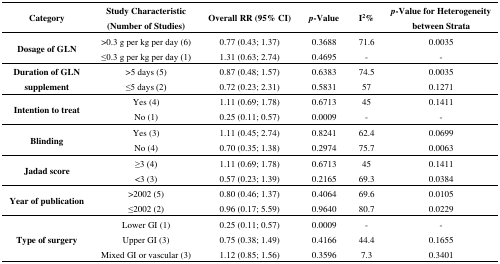
<table><thead><tr><td><b>Category</b></td><td><b>Study Characteristic (Number of Studies)</b></td><td><b>Overall RR (95% CI)</b></td><td><b><i>p</i>-Value</b></td><td><b>I<sup>2</sup>%</b></td><td><b><i>p</i>-Value for Heterogeneity between Strata</b></td></tr></thead><tbody><tr><td rowspan="2"><b>Dosage of GLN</b></td><td>&gt;0.3 g per kg per day (6)</td><td>0.77 (0.43; 1.37)</td><td>0.3688</td><td>71.6</td><td>0.0035</td></tr><tr><td>≤0.3 g per kg per day (1)</td><td>1.31 (0.63; 2.74)</td><td>0.4695</td><td>-</td><td>-</td></tr><tr><td rowspan="2"><b>Duration of GLN supplement</b></td><td>&gt;5 days (5)</td><td>0.87 (0.48; 1.57)</td><td>0.6383</td><td>74.5</td><td>0.0035</td></tr><tr><td>≤5 days (2)</td><td>0.72 (0.23; 2.31)</td><td>0.5831</td><td>57</td><td>0.1271</td></tr><tr><td rowspan="2"><b>Intention to treat</b></td><td>Yes (4)</td><td>1.11 (0.69; 1.78)</td><td>0.6713</td><td>45</td><td>0.1411</td></tr><tr><td>No (1)</td><td>0.25 (0.11; 0.57)</td><td>0.0009</td><td>-</td><td>-</td></tr><tr><td rowspan="2"><b>Blinding</b></td><td>Yes (3)</td><td>1.11 (0.45; 2.74)</td><td>0.8241</td><td>62.4</td><td>0.0699</td></tr><tr><td>No (4)</td><td>0.70 (0.35; 1.38)</td><td>0.2974</td><td>75.7</td><td>0.0063</td></tr><tr><td rowspan="2"><b>Jadad score</b></td><td>≥3 (4)</td><td>1.11 (0.69; 1.78)</td><td>0.6713</td><td>45</td><td>0.1411</td></tr><tr><td>&lt;3 (3)</td><td>0.57 (0.23; 1.39)</td><td>0.2165</td><td>69.3</td><td>0.0384</td></tr><tr><td rowspan="2"><b>Year of publication</b></td><td>&gt;2002 (5)</td><td>0.80 (0.46; 1.37)</td><td>0.4064</td><td>69.6</td><td>0.0105</td></tr><tr><td>≤2002 (2)</td><td>0.96 (0.17; 5.59)</td><td>0.9640</td><td>80.7</td><td>0.0229</td></tr><tr><td rowspan="3"><b>Type of surgery</b></td><td>Lower GI (1)</td><td>0.25 (0.11; 0.57)</td><td>0.0009</td><td>-</td><td>-</td></tr><tr><td>Upper GI (3)</td><td>0.75 (0.38; 1.49)</td><td>0.4166</td><td>44.4</td><td>0.1655</td></tr><tr><td>Mixed GI or vascular (3)</td><td>1.12 (0.85; 1.56)</td><td>0.3596</td><td>7.3</td><td>0.3401</td></tr></tbody></table>